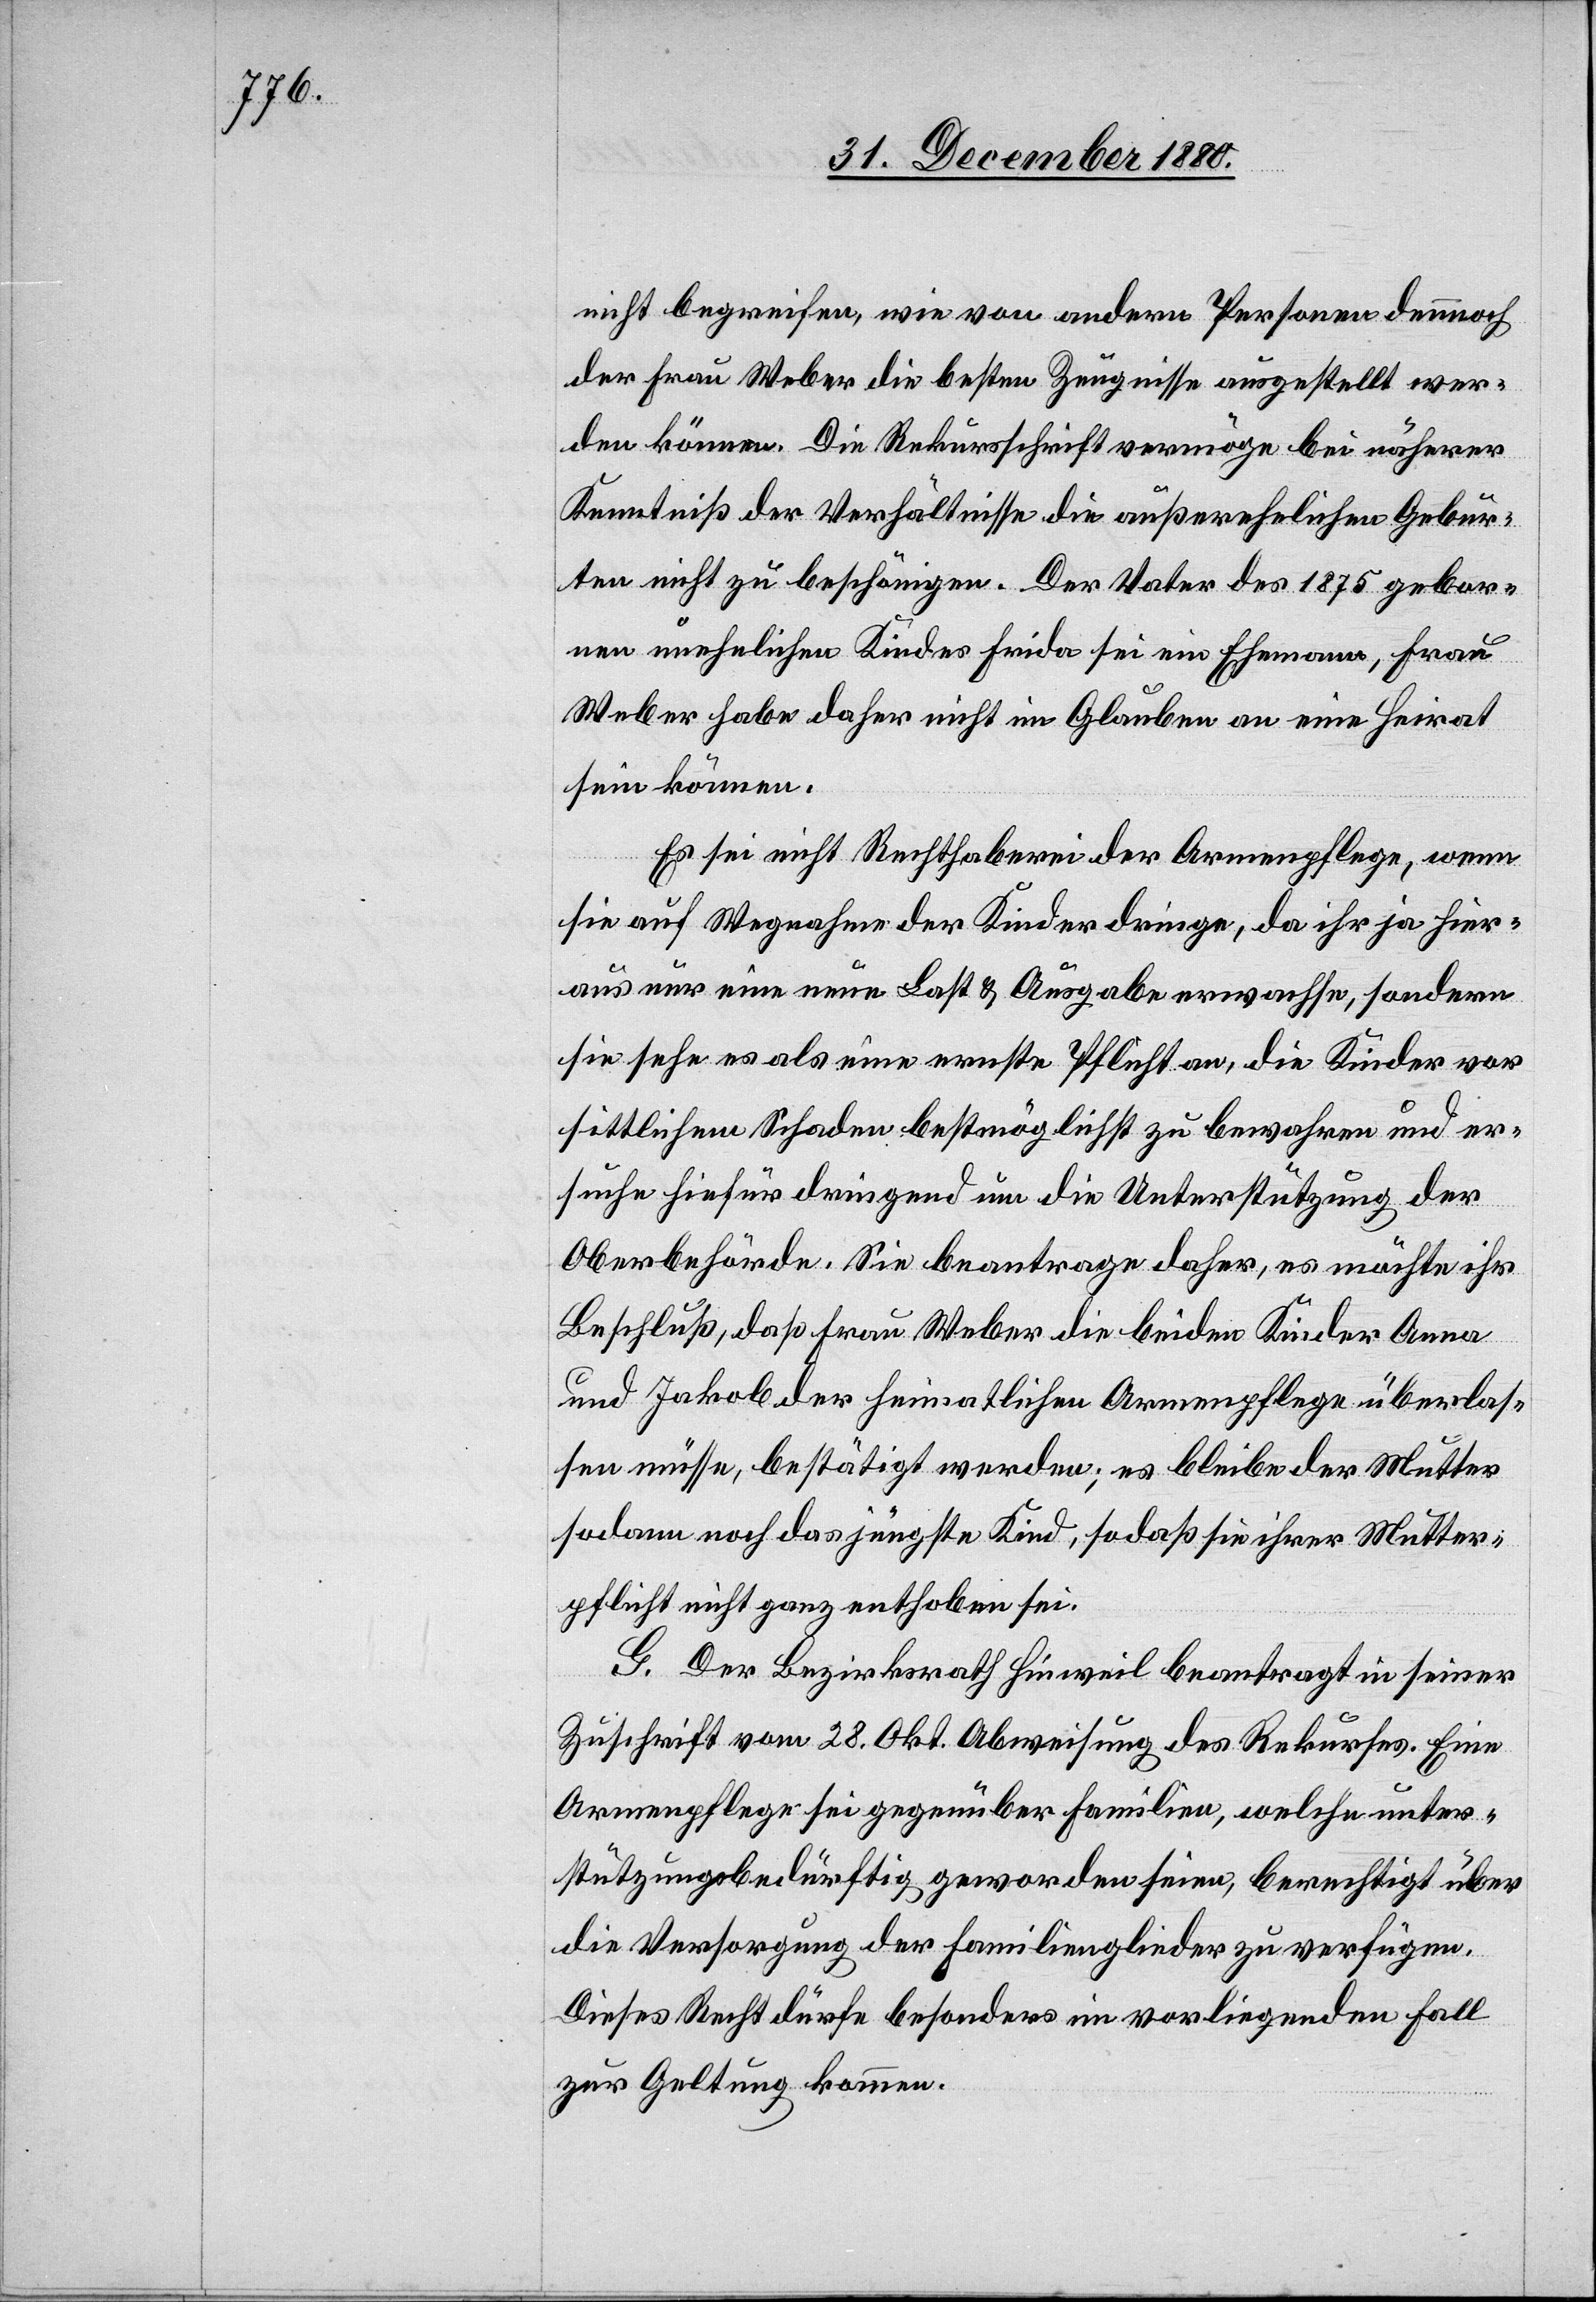
nicht begreifen, wie von andern Personen dennoch
der Frau Weber die besten Zeugnisse ausgestellt wer¬
den können. Die Rekursschrift vermöge bei näherer
Kenntniß der Verhältnisse die außerehelichen Gebur¬
ten nicht zu beschönigen. Der Vater des 1875 gebore¬
nen unehelichen Kindes Frida sei ein Ehemann, Frau
Weber habe daher nicht im Glauben an eine Heirat
sein können.
Es sei nicht Rechthaberei der Armenpflege, wenn
sie auf Wegnahme der Kinder dringe, da ihr ja hier¬
aus nur eine neue Last & Ausgabe erwachse, sondern
sie sehe es als eine ernste Pflicht an, die Kinder vor
sittlichem Schaden bestmöglichst zu bewahren und er¬
suche hiefür dringend um die Unterstützung der
Oberbehörde. Sie beantrage daher, es möchte ihr
Beschluß, daß Frau Weber die beiden Kinder Anna
und Jakob der heimatlichen Armenpflege überlas¬
sen müsse, bestätigt werden; es bleibe der Mutter
sodann noch das jüngste Kind, sodaß sie ihrer Mutter¬
pflicht nicht ganz enthoben sei.
G. Der Bezirksrath Hinweil beantragt in seiner
Zuschrift vom 28. Okt. Abweisung des Rekurses. Eine
Armenpflege sei gegenüber Familien, welche unter¬
stützungsbedürftig geworden seien, berechtigt über
die Versorgung der Familienglieder zu verfügen.
Dieses Recht dürfe besonders im vorliegenden Fall
zur Geltung kommen.